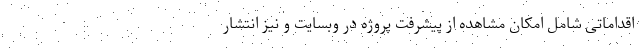
اقداماتی شامل امکان مشاهده از پیشرفت پروژه در وبسایت و نیز انتشار